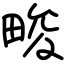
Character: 畯